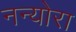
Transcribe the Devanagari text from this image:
नन्योरा